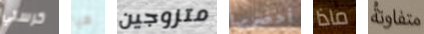
كرستي هيا متزوجين أحضريها ماذا متفاوتة